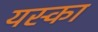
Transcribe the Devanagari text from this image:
यस्का